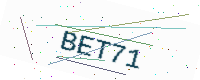
Text: BET71